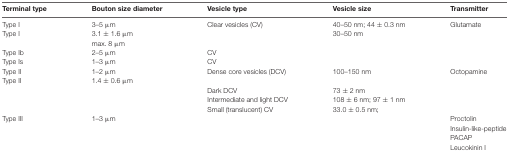
| Terminal type | Bouton size diameter | Vesicle type | Vesicle size | Transmitter |
 | --- | --- | --- | --- | --- |
 | Type I | 3–5 μm | Clear vesicles (CV) | 40–50 nm; 44 ± 0.3 nm | Glutamate |
 | Type I | 3.1 ± 1.6 μm |  | 30–50 nm |  |
 |  | max. 8 μm |  |  |  |
 | Type Ib | 2–5 μm | CV |  |  |
 | Type Is | 1–3 μm | CV |  |  |
 | Type II | 1–2 μm | Dense core vesicles (DCV) | 100–150 nm | Octopamine |
 | Type II | 1.4 ± 0.6 μm |  |  |  |
 |  |  | Dark DCV | 73 ± 2 nm |  |
 |  |  | Intermediate and light DCV | 108 ± 6 nm; 97 ± 1 nm |  |
 |  |  | Small (translucent) CV | 33.0 ± 0.5 nm; |  |
 | Type III | 1–3 μm |  |  | Proctolin |
 |  |  |  |  | Insulin-like-peptide |
 |  |  |  |  | PACAP |
 |  |  |  |  | Leucokinin I |